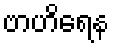
ဗာဟိရေန